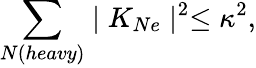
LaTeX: \sum_{N(heavy)}\mid K_{Ne}\mid^{2}\leq\kappa^{2},